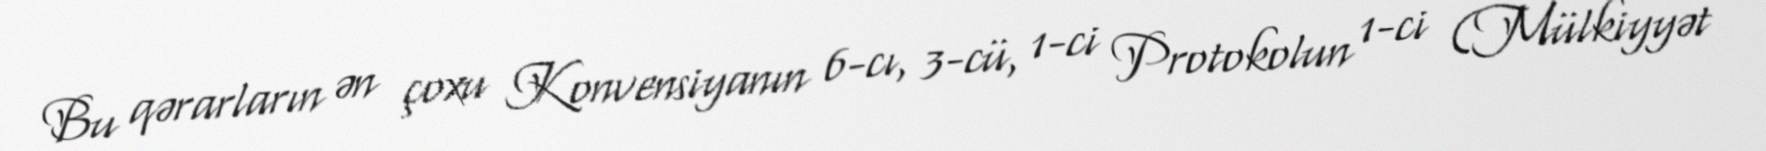
Bu qərarların ən çoxu Konvensiyanın 6-cı, 3-cü, 1-ci Protokolun 1-ci (Mülkiyyət